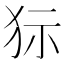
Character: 狋